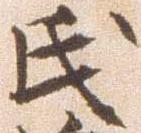
氏